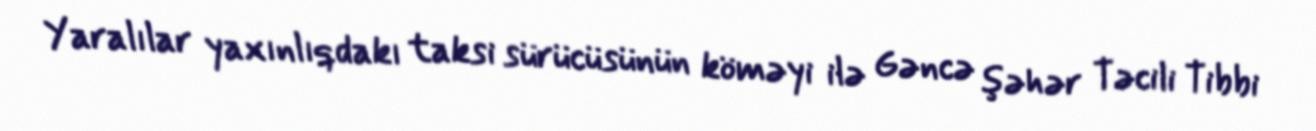
Yaralılar yaxınlıqdakı taksi sürücüsünün köməyi ilə Gəncə şəhər Təcili Tibbi